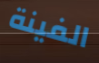
الفينة